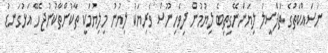
ނަސައްކަތުގެ ތަފްސީލު ލިޔަންނޭގިތިބެ ލިޔުމުން ދިވެހިނޫސް ވެރިޔަކު ލިޔުނު މިލިޔުމަކީ ތާކުންތާކުނުޖެހޭ އަޅުގަނޑު